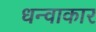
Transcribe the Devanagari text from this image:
धन्वाकार